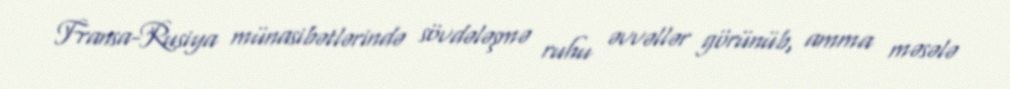
Fransa-Rusiya münasibətlərində sövdələşmə ruhu əvvəllər görünüb, amma məsələ